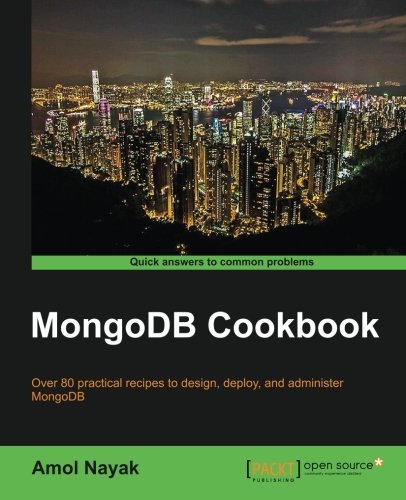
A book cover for MongoDB Cookbook; Amol Nayak; Computers & Technology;